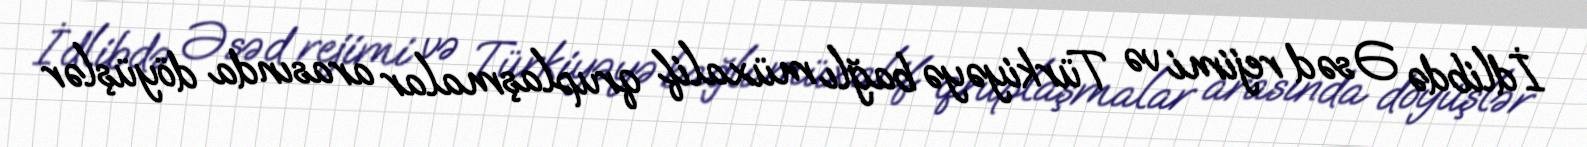
İdlibdə Əsəd rejimi və Türkiyəyə bağlı müxalif qruplaşmalar arasında döyüşlər